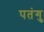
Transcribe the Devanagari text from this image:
पतंगु